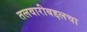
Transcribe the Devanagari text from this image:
तलवारीबद्दलचा